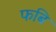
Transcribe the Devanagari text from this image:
फबि